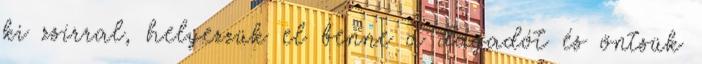
ki zsírral, helyezzük el benne a dagadót és öntsük